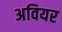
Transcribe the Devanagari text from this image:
अवियर